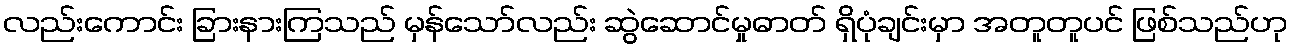
လည်းကောင်း ခြားနားကြသည် မှန်သော်လည်း ဆွဲဆောင်မှုဓာတ် ရှိပုံချင်းမှာ အတူတူပင် ဖြစ်သည်ဟု